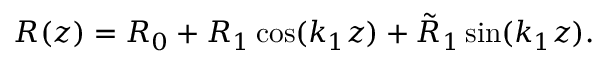
R ( z ) = R _ { 0 } + R _ { 1 } \cos ( k _ { 1 } z ) + \tilde { R } _ { 1 } \sin ( k _ { 1 } z ) .